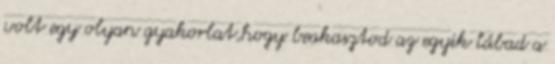
volt egy olyan gyakorlat,hogy beakasztod az egyik lábad a